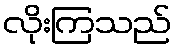
လိုးကြသည်